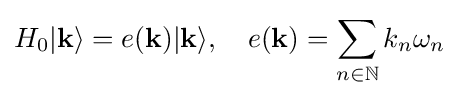
H_{0}|{\mathbf {k} }\rangle =e({\mathbf {k} })|{\mathbf {k} }\rangle ,\quad e({\mathbf {k} })=\sum _{n\in \mathbb {N} }k_{n}\omega _{n}